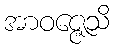
အာဝဇ္ဇေသိ